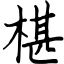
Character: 椹